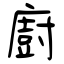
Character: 廚